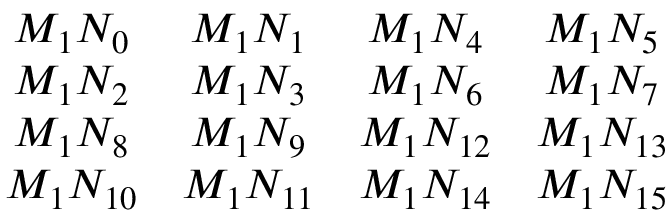
\begin{array} { c c c c } { M _ { 1 } N _ { 0 } } & { M _ { 1 } N _ { 1 } } & { M _ { 1 } N _ { 4 } } & { M _ { 1 } N _ { 5 } } \\ { M _ { 1 } N _ { 2 } } & { M _ { 1 } N _ { 3 } } & { M _ { 1 } N _ { 6 } } & { M _ { 1 } N _ { 7 } } \\ { M _ { 1 } N _ { 8 } } & { M _ { 1 } N _ { 9 } } & { M _ { 1 } N _ { 1 2 } } & { M _ { 1 } N _ { 1 3 } } \\ { M _ { 1 } N _ { 1 0 } } & { M _ { 1 } N _ { 1 1 } } & { M _ { 1 } N _ { 1 4 } } & { M _ { 1 } N _ { 1 5 } } \end{array}